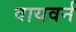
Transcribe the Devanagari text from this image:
वायवर्न